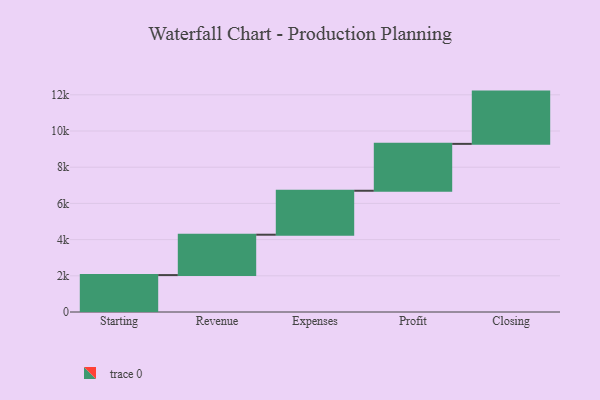
{"axis": {"x": "Step", "y": "Value"}, "legend": [""], "data": [{"x": "Starting", "y": 2040.0, "type": ""}, {"x": "Revenue", "y": 2230.0, "type": ""}, {"x": "Expenses", "y": 2429.0, "type": ""}, {"x": "Profit", "y": 2590.0, "type": ""}, {"x": "Closing", "y": 2888.0, "type": ""}]}